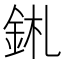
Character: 𨥼